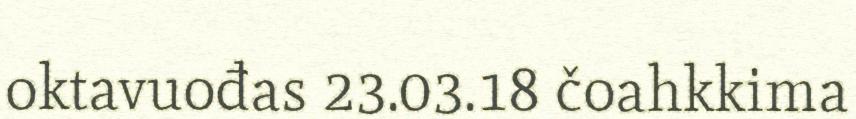
oktavuođas 23.03.18 čoahkkima